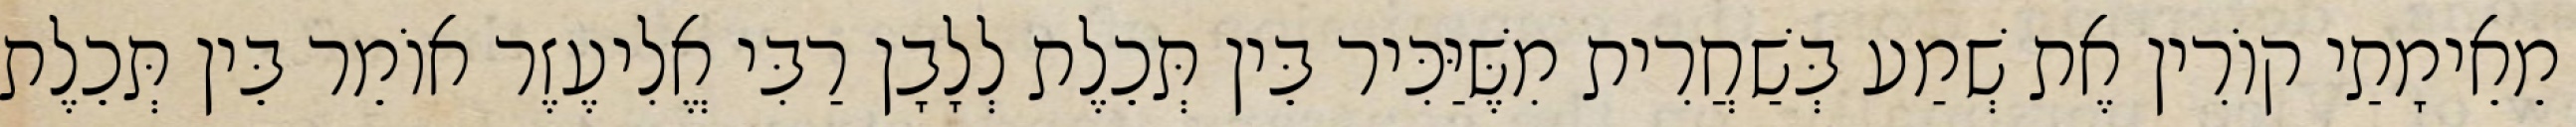
מֵאֵימָתַי קוֹרִין אֶת שְׁמַע בְּשַׁחֲרִית מִשֶּׁיַּכִּיר בֵּין תְּכֵלֶת לְלָבָן רַבִּי אֱלִיעֶזֶר אוֹמֵר בֵּין תְּכֵלֶת